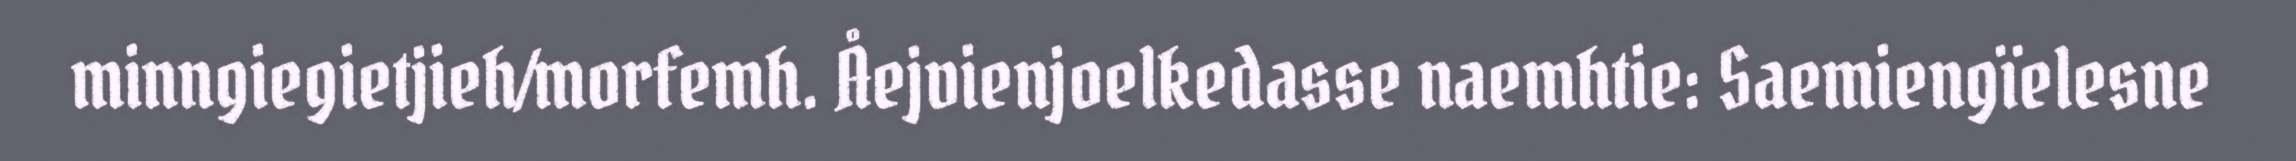
minngiegietjieh/morfemh. Åejvienjoelkedasse naemhtie: Saemiengïelesne